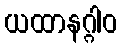
ယထာနဂ္ဂါဝ